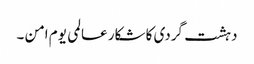
دہشت گردی کا شکار عالمی یوم امن ۔